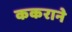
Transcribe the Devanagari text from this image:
ककराने